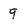
Character: 9